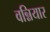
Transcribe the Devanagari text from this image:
वन्नियार